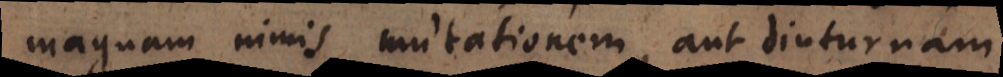
magnam nimis mutationem, aut diuturnam